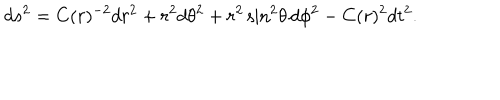
d s ^ { 2 } = C ( r ) ^ { - 2 } d r ^ { 2 } + r ^ { 2 } d \theta ^ { 2 } + r ^ { 2 } \sin ^ { 2 } \! \theta \, d \phi ^ { 2 } - C ( r ) ^ { 2 } d t ^ { 2 } .